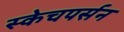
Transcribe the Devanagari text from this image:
स्केचपर्सन